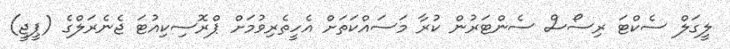
ލީގަލް ސެކްޓަ ރިސޯސް ސެންޓަރުން ކުރާ މަސައްކަތަށް އެހީތެރިވުމަށް ޕްރޮސިކިއުޓަ ޖެނެރަލްގެ (ޕީޖީ)